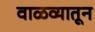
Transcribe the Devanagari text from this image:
वाळव्यातून